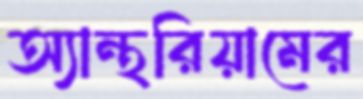
অ্যান্থরিয়ামের